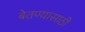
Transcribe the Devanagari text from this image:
बेतण्यासाठी